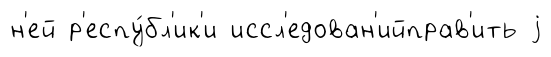
н'ей р'еспу́бл'ик'и иссл'едован'ийправ'ить j